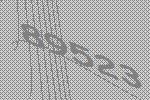
89523